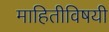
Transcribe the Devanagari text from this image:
माहितीविषयी